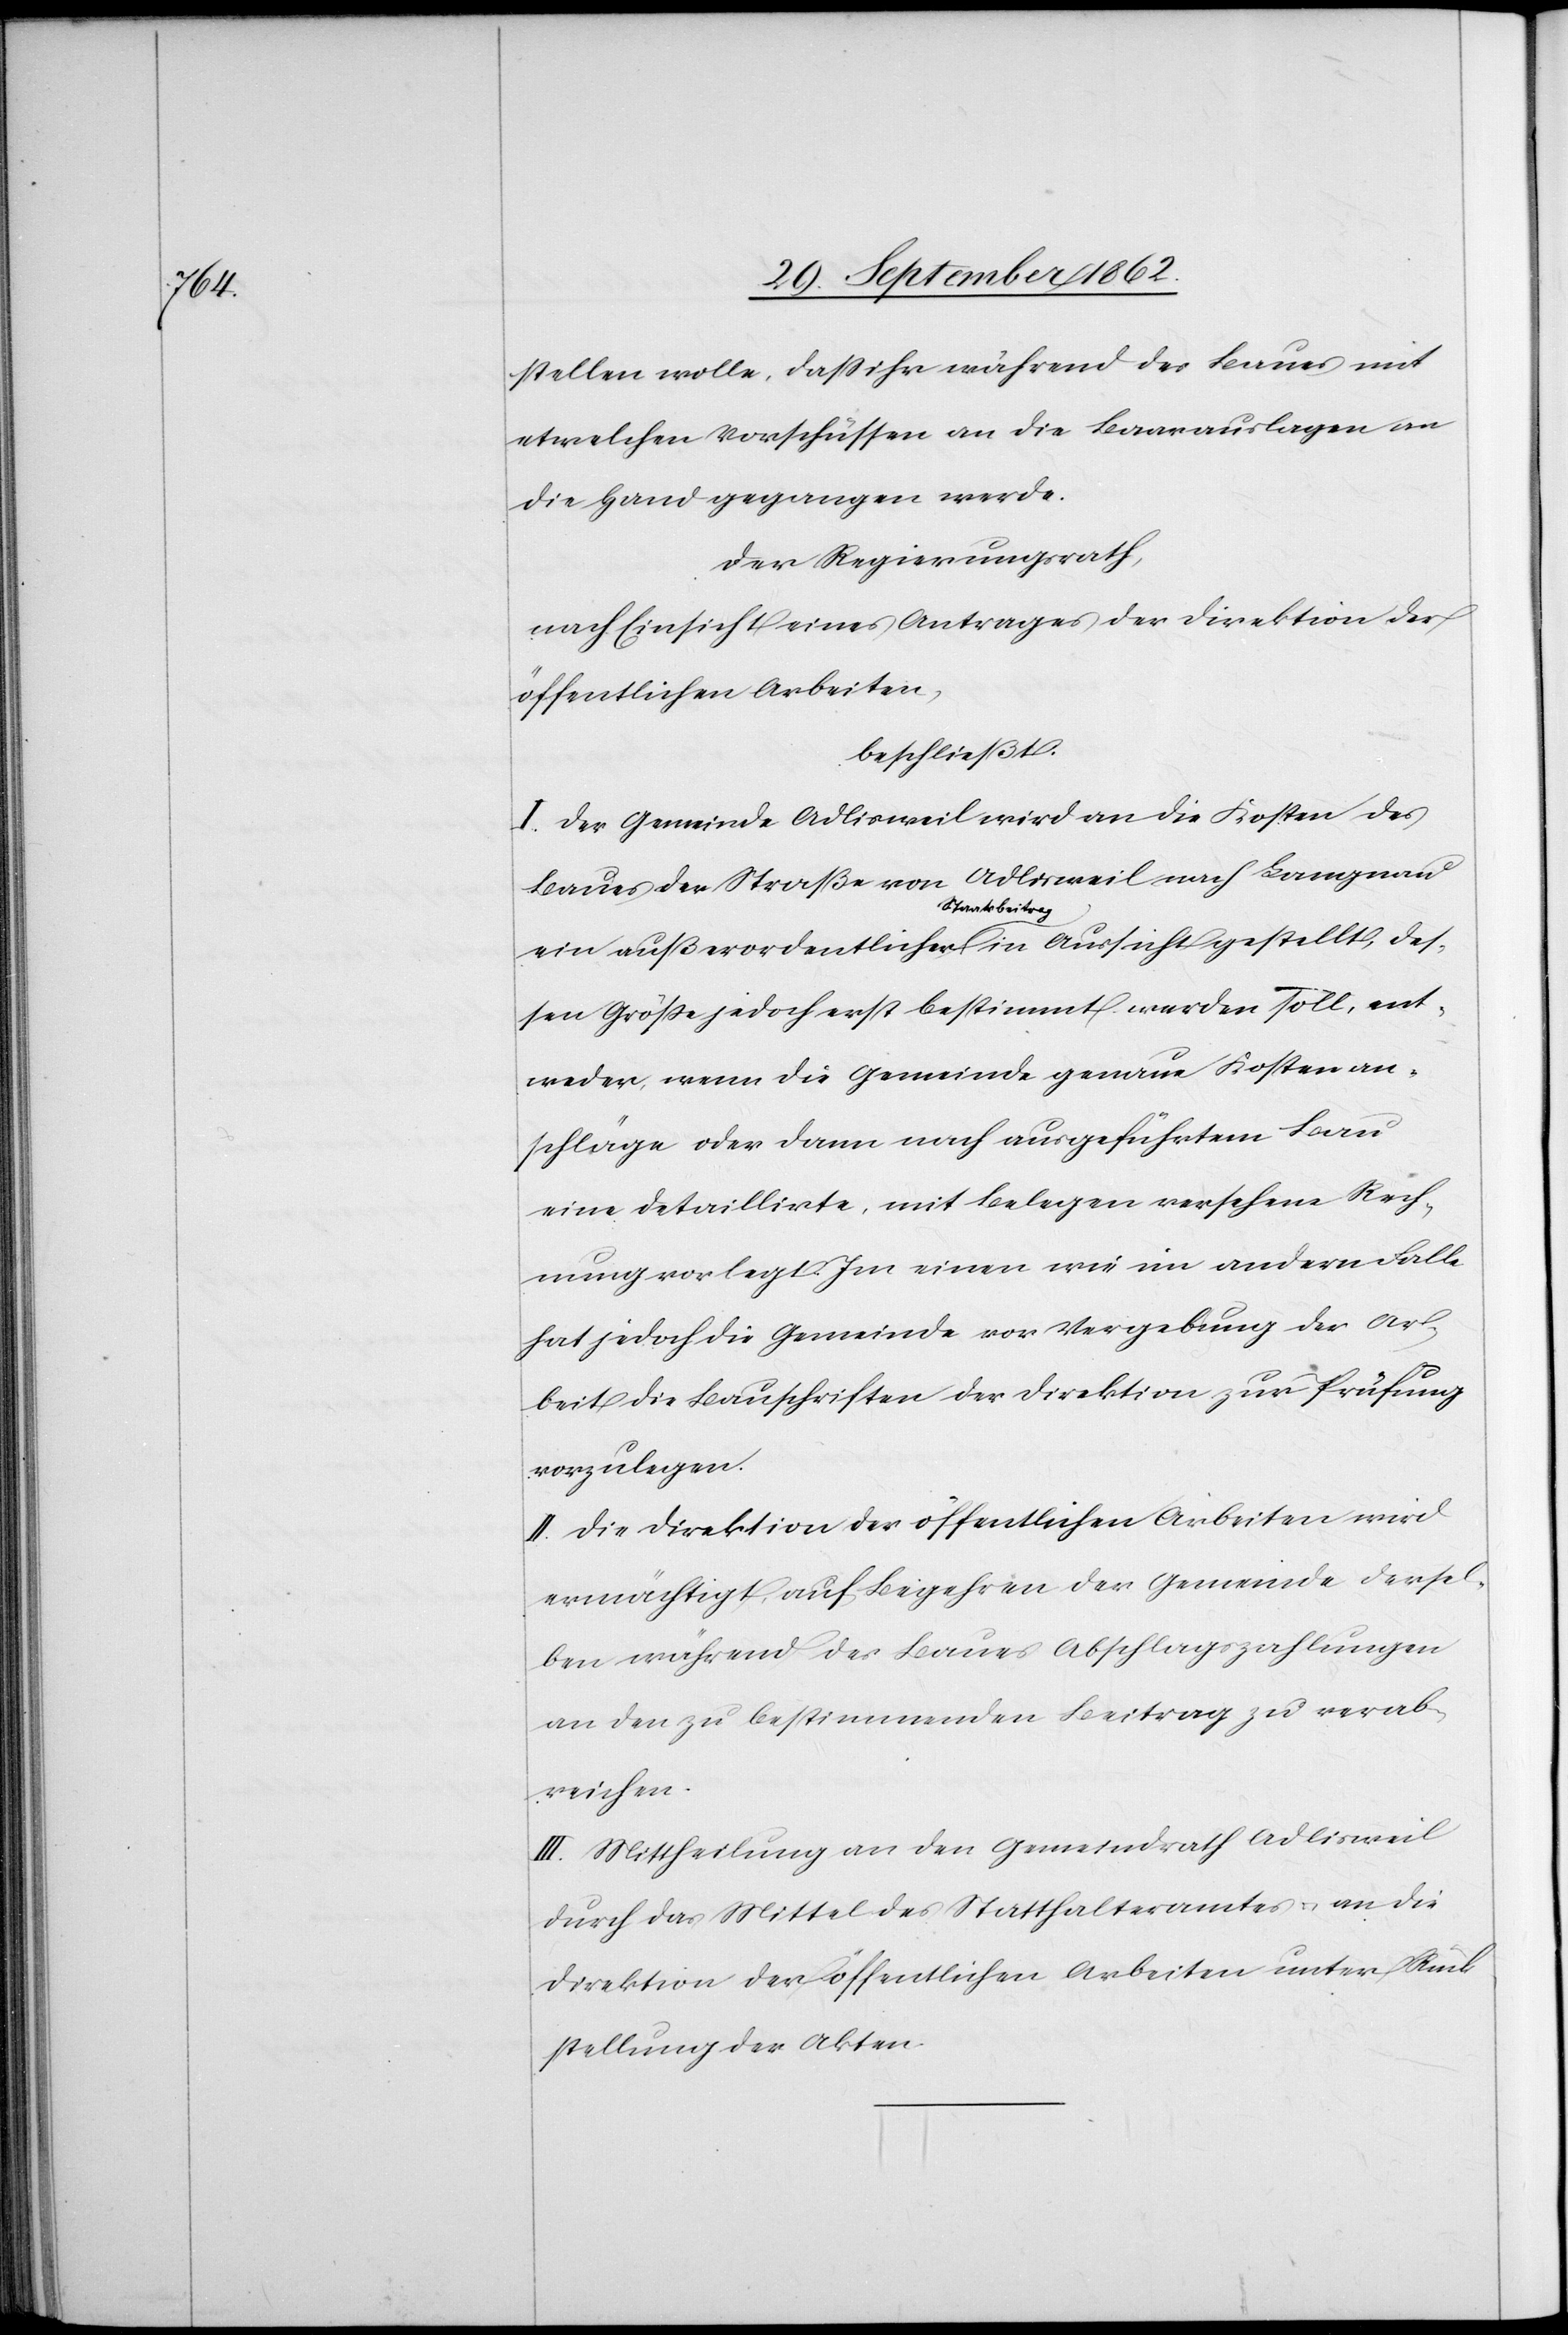
stellen wolle, daß ihr während des Baues mit
etwelchen Vorschüssen an die Baarauslagen an
die Hand gegangen werde.
Der Regierungsrath,
nach Einsicht eines Antrages der Direktion der
öffentlichen Arbeiten,
beschließt:
I. Der Gemeinde Adlisweil wird an die Kosten des
Baues der Straße von Adlisweil nach Langnau
ein außerordentlicher Staatsbeitrag in Aussicht gestellt, des¬
sen Größe jedoch erst bestimmt werden soll, ent¬
weder, wenn die Gemeinde genaue Kostenan¬
schläge oder dann nach ausgeführtem Bau
eine detaillirte, mit Belegen versehene Rech¬
nung vorgelegt. Im einen wie im andern Falle
hat jedoch die Gemeinde vor Vergebung der Ar¬
beit die Bauschriften der Direktion zur Prüfung
vorzulegen.
II. Die Direktion der öffentlichen Arbeiten wird
ermächtigt, auf Begehren der Gemeinde dersel¬
ben während des Baues Abschlagszahlungen
an den zu bestimmenden Beitrag zu verab¬
reichen.
III. Mittheilung an den Gemeindrath Adlisweil
durch das Mittel des Statthalteramtes u. an die
Direktion der öffentlichen Arbeiten unter Rück¬
stellung der Akten.